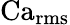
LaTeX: \operatorname{Ca}_{\operatorname{rms}}